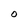
Character: O